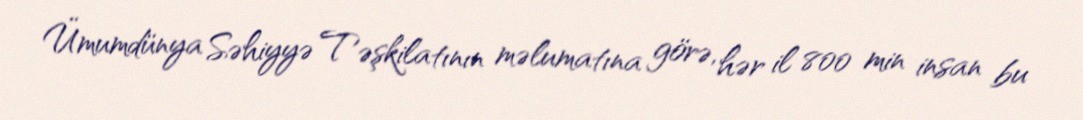
Ümumdünya Səhiyyə Təşkilatının məlumatına görə, hər il 800 min insan bu